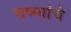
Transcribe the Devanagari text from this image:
चष्म्यांचे